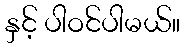
နှင့် ပါဝင်ပါမယ်။